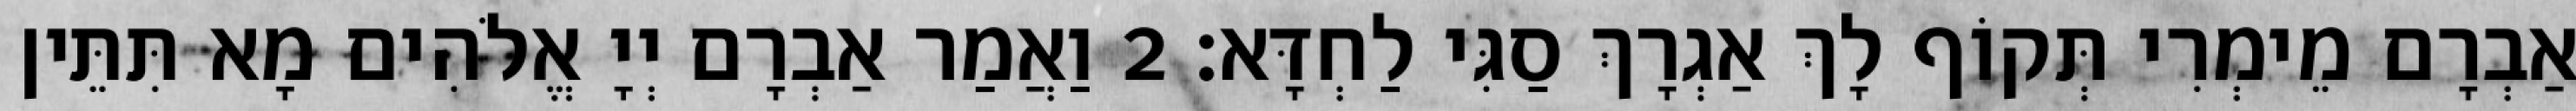
אַבְרָם מֵימְרִי תְּקוֹף לָךְ אַגְרָךְ סַגִּי לַחְדָּא׃ 2 וַאֲמַר אַבְרָם יְיָ אֱלֹהִים מָא תִּתֵּין